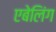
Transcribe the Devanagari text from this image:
एबेलिंग